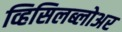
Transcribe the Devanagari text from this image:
व्हिसिलब्लोअर